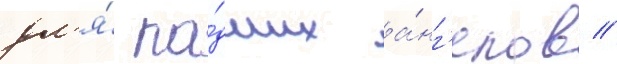
дл'я́ па́дших а́нг'елов //